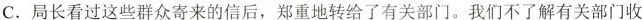
C. 局长看过这些群众寄来的信后，郑重地转给了有关部门。我们不了解有关部门收